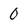
Character: 0